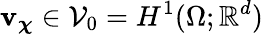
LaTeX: \boldsymbol{\mathbf{v}}_{\boldsymbol{\chi}}\in\mathcal{{V}}_{0}=H^{1}(\Omega;\mathbb{{R}}^{d})